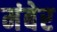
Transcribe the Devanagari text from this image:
मंबेर